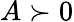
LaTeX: A\succ 0